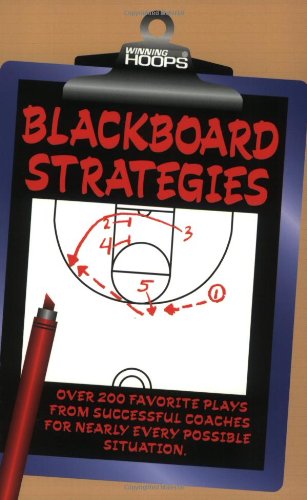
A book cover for Blackboard Strategies: Over 200 Favorite Plays From Successful Coaches For Nearly Every Possible Situation (Winning hoops); Eric Sacharski; Sports & Outdoors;